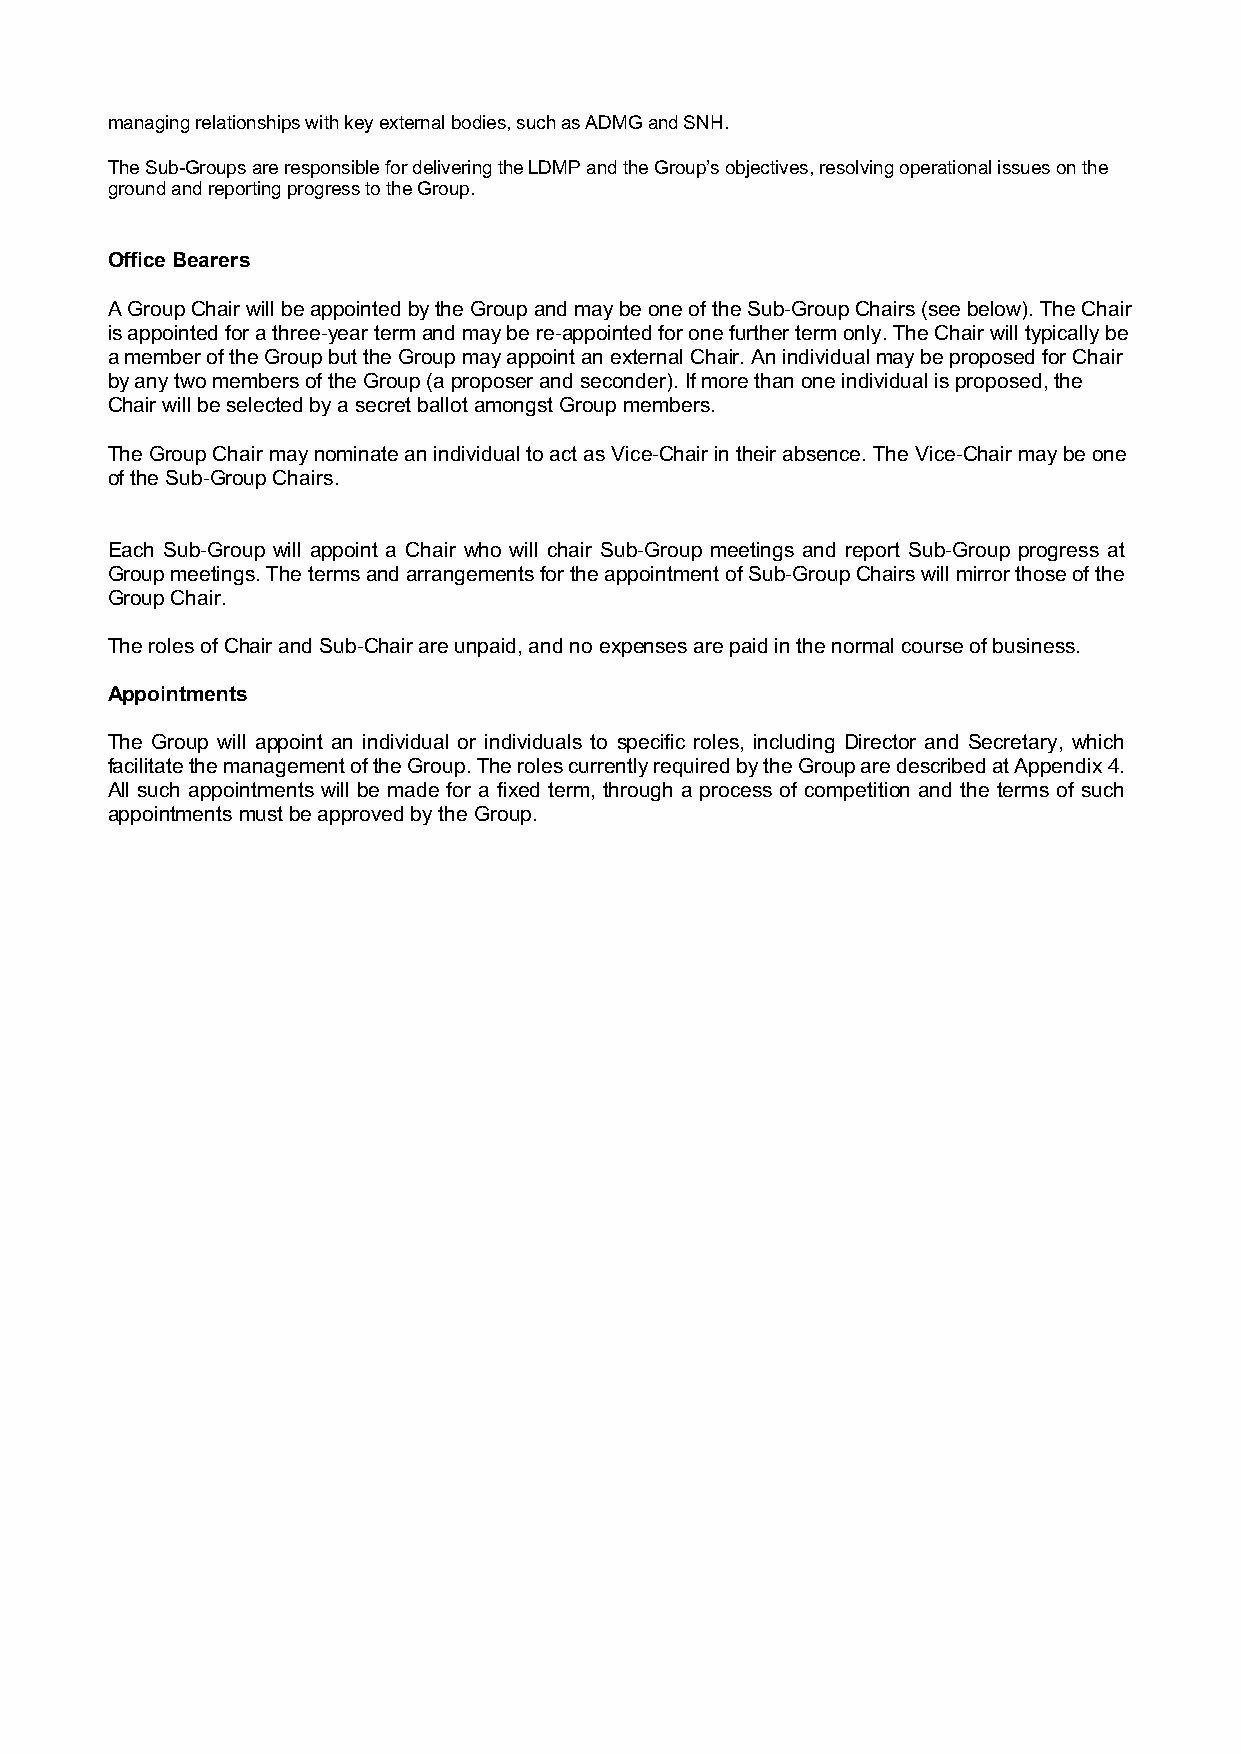
managing relationships with key external bodies, such as ADMG and SNH.
 The Sub-Groups are responsible for delivering the LDMP and the Group’s objectives, resolving operational issues on the
 ground and reporting progress to the Group.
 Office Bearers
 A Group Chair will be appointed by the Group and may be one of the Sub-Group Chairs (see below). The Chair
 is appointed for a three-year term and may be re-appointed for one further term only. The Chair will typically be
 a member of the Group but the Group may appoint an external Chair. An individual may be proposed for Chair
 by any two members of the Group (a proposer and seconder). If more than one individual is proposed, the
 Chair will be selected by a secret ballot amongst Group members.
 The Group Chair may nominate an individual to act as Vice-Chair in their absence. The Vice-Chair may be one
 of the Sub-Group Chairs.
 Each Sub-Group will appoint a Chair who will chair Sub-Group meetings and report Sub-Group progress at
 Group meetings. The terms and arrangements for the appointment of Sub-Group Chairs will mirror those of the
 Group Chair.
 The roles of Chair and Sub-Chair are unpaid, and no expenses are paid in the normal course of business.
 Appointments
 The Group will appoint an individual or individuals to specific roles, including Director and Secretary, which
 facilitate the management of the Group. The roles currently required by the Group are described at Appendix 4.
 All such appointments will be made for a fixed term, through a process of competition and the terms of such
 appointments must be approved by the Group.